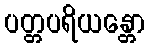
ပတ္တပရိယန္တော